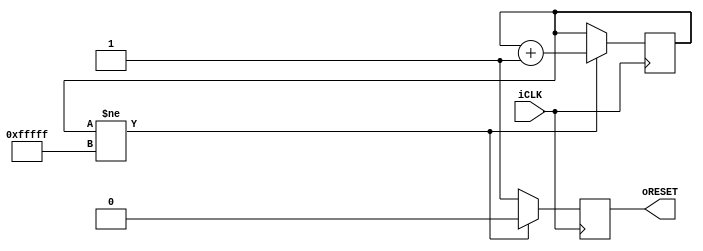
module	Reset_Delay(iCLK,oRESET);
input		iCLK;
output reg	oRESET;
reg	[19:0]	Cont;

always@(posedge iCLK)
begin
	if(Cont!=20'hFFFFF)
	begin
		Cont	<=	Cont+1;
		oRESET	<=	1'b0;
	end
	else
	oRESET	<=	1'b1;
end

endmodule